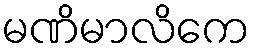
မဏိမာလိကေ